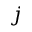
j